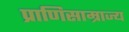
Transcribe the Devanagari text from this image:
प्राणिसाम्राज्य